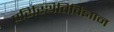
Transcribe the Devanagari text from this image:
परिस्थितिविज्ञान